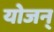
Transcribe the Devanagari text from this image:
योजन्